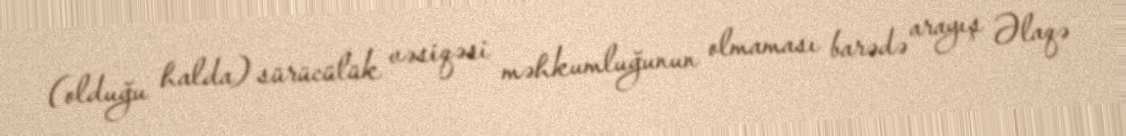
(olduğu halda) sürücülük vəsiqəsi məhkumluğunun olmaması barədə arayış Əlaqə